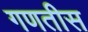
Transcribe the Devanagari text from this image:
गणतीस